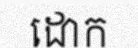
ដោក